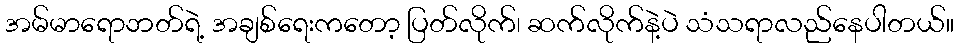
အမ်မာရောဘတ်ရဲ့ အချစ်ရေးကတော့ ပြတ်လိုက်၊ ဆက်လိုက်နဲ့ပဲ သံသရာလည်နေပါတယ်။